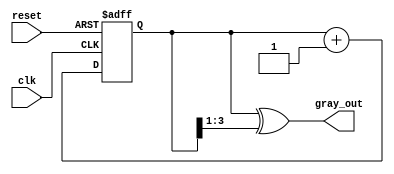
module gray_code_counter (
    input wire clk,               // Clock signal
    input wire reset,             // Asynchronous reset signal
    output reg [N-1:0] gray_out   // Gray code output
);

parameter N = 4; // Number of bits for the counter (can be adjusted as needed)

// Internal binary counter
reg [N-1:0] binary_count;

// Convert binary to Gray code
function [N-1:0] binary_to_gray;
    input [N-1:0] binary;
    begin
        binary_to_gray = binary ^ (binary >> 1);
    end
endfunction

// Sequential logic for counting and reset
always @(posedge clk or posedge reset) begin
    if (reset) begin
        binary_count <= 0; // Reset binary count to 0
    end else begin
        binary_count <= binary_count + 1; // Increment binary count
    end
end

// Combinational logic to convert binary to Gray code output
always @* begin
    gray_out = binary_to_gray(binary_count);
end

endmodule